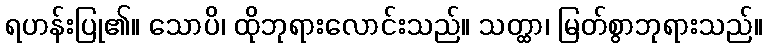
ရဟန်းပြု၏။ သောပိ၊ ထိုဘုရားလောင်းသည်။ သတ္ထာ၊ မြတ်စွာဘုရားသည်။